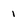
Character: 1